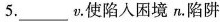
5. ____v.使陷入困境n.陷阱